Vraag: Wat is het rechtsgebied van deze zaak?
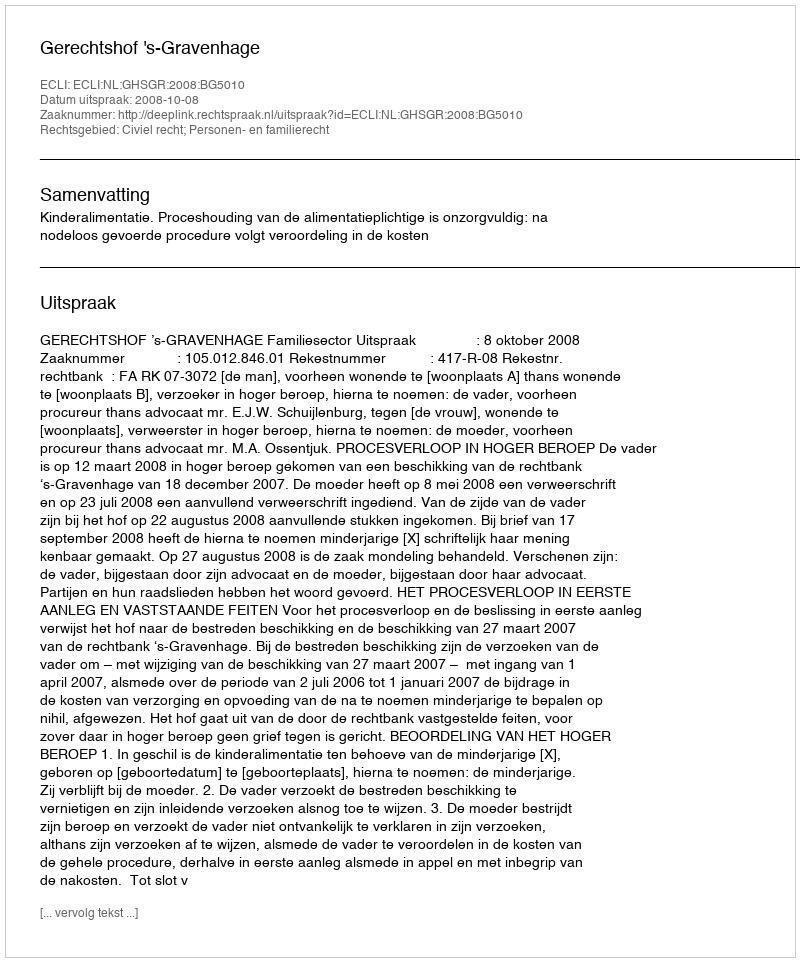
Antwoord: Civiel recht; Personen- en familierecht